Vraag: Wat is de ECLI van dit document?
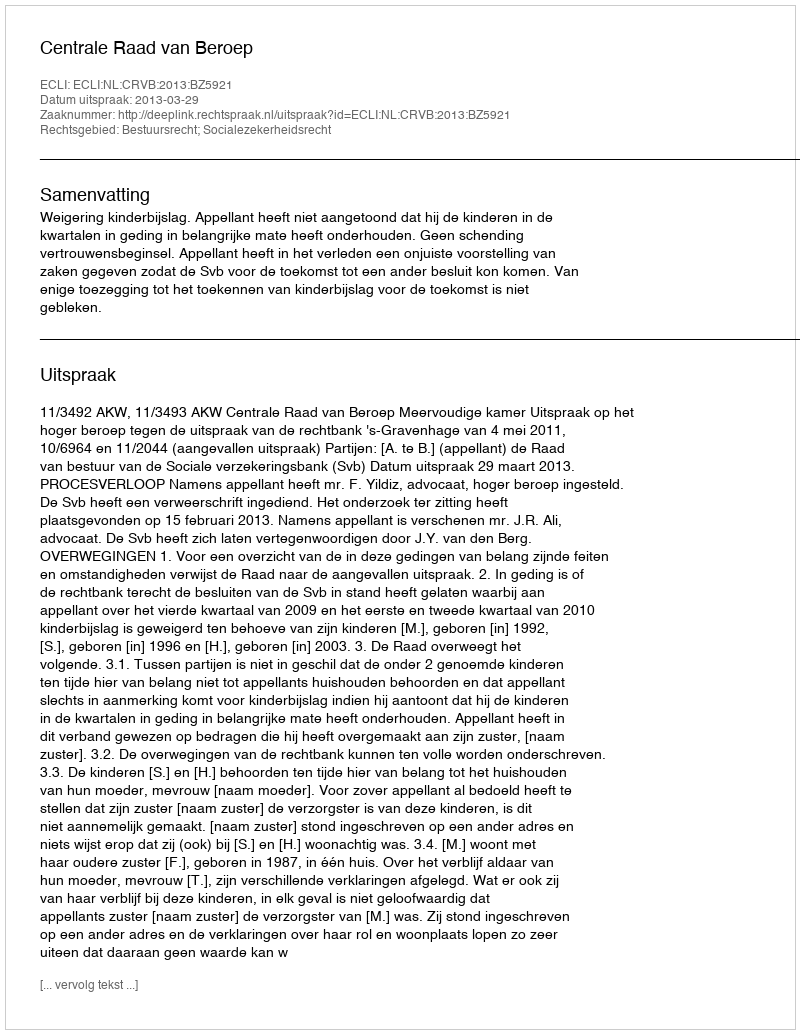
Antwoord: ECLI:NL:CRVB:2013:BZ5921